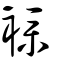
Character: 襆